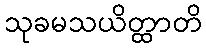
သုခမသယိတ္ထာတိ